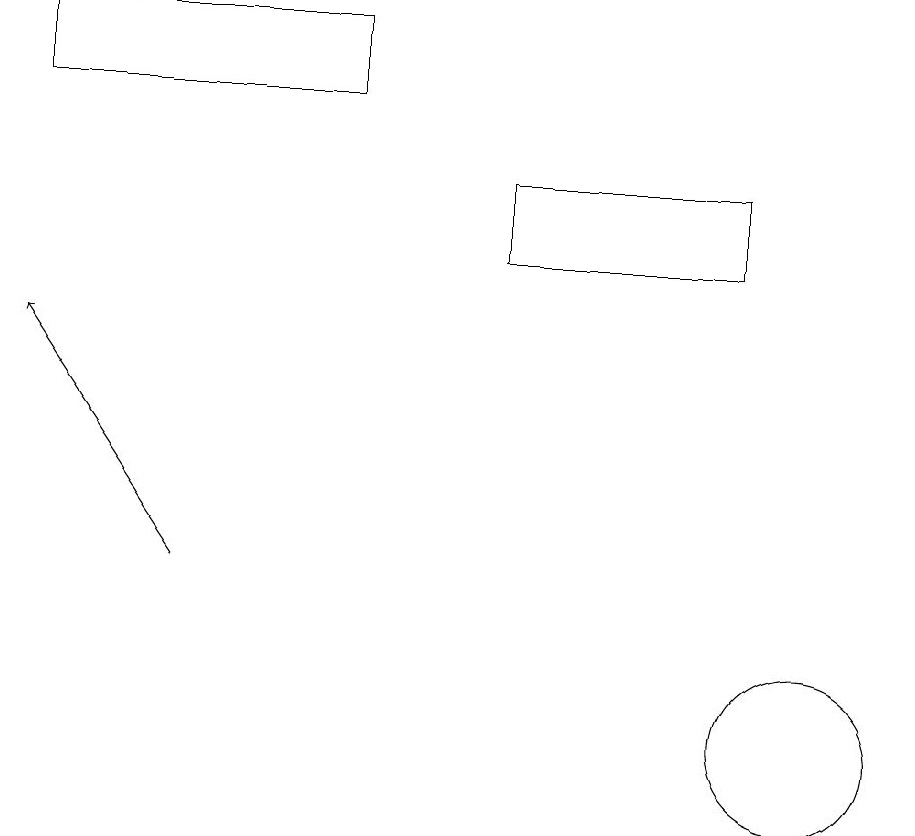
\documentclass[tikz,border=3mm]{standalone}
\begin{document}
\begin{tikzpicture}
\draw (10,10) circle (1);
\draw (4,19) rectangle (0,18);
\draw (9,17) rectangle (6,16);
\draw[->] (2,12) -- (0,15);
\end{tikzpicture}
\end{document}